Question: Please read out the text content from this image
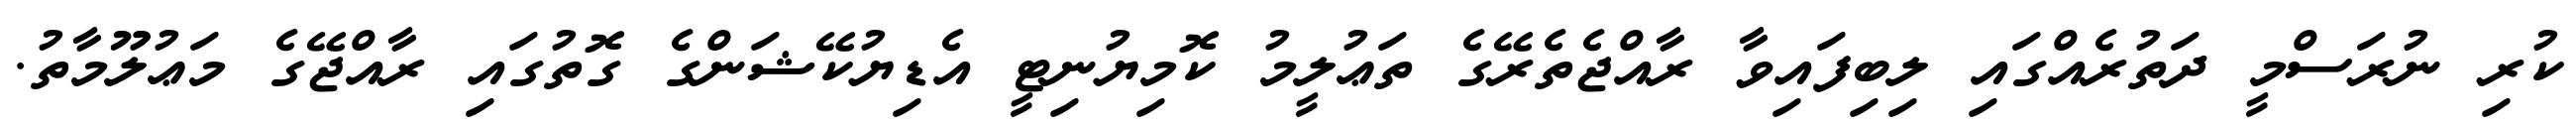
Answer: ކުރި ނުރަސްމީ ދަތުރެއްގައި ލިބިފައިވާ ރާއްޖެތެރޭގެ ތަޢުލީމު ކޮމިޔުނިޓީ އެޑިޔުކޭޝަންގެ ގޮތުގައި ރާއްޖޭގެ މަޢުލޫމާތު.